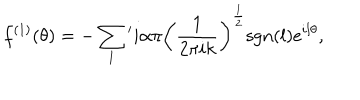
f ^ { \left( 1 \right) } ( \theta ) = - \sum _ { l } { } ^ { \prime } i \alpha \pi \left( \frac { 1 } { 2 \pi i k } \right) ^ { \frac { 1 } { 2 } } \mathrm { s g n } ( l ) e ^ { i l \theta } ,